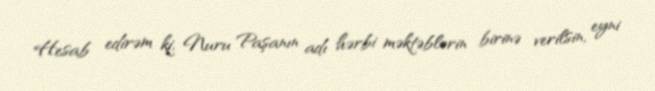
Hesab edirəm ki, Nuru Paşanın adı hərbi məktəblərin birinə verilsin, eyni